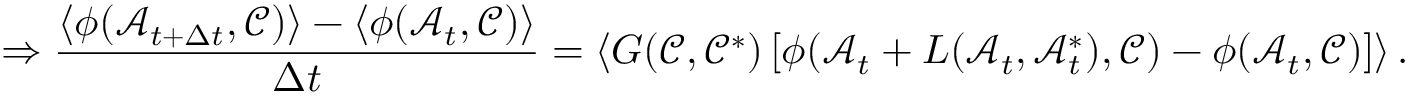
\Rightarrow \frac { \langle \phi ( \mathcal { A } _ { t + \Delta t } , \mathcal { C } ) \rangle - \langle \phi ( \mathcal { A } _ { t } , \mathcal { C } ) \rangle } { \Delta t } = \langle G ( \mathcal { C } , \mathcal { C } ^ { * } ) \left[ \phi ( \mathcal { A } _ { t } + L ( \mathcal { A } _ { t } , \mathcal { A } _ { t } ^ { * } ) , \mathcal { C } ) - \phi ( \mathcal { A } _ { t } , \mathcal { C } ) \right] \rangle \, .